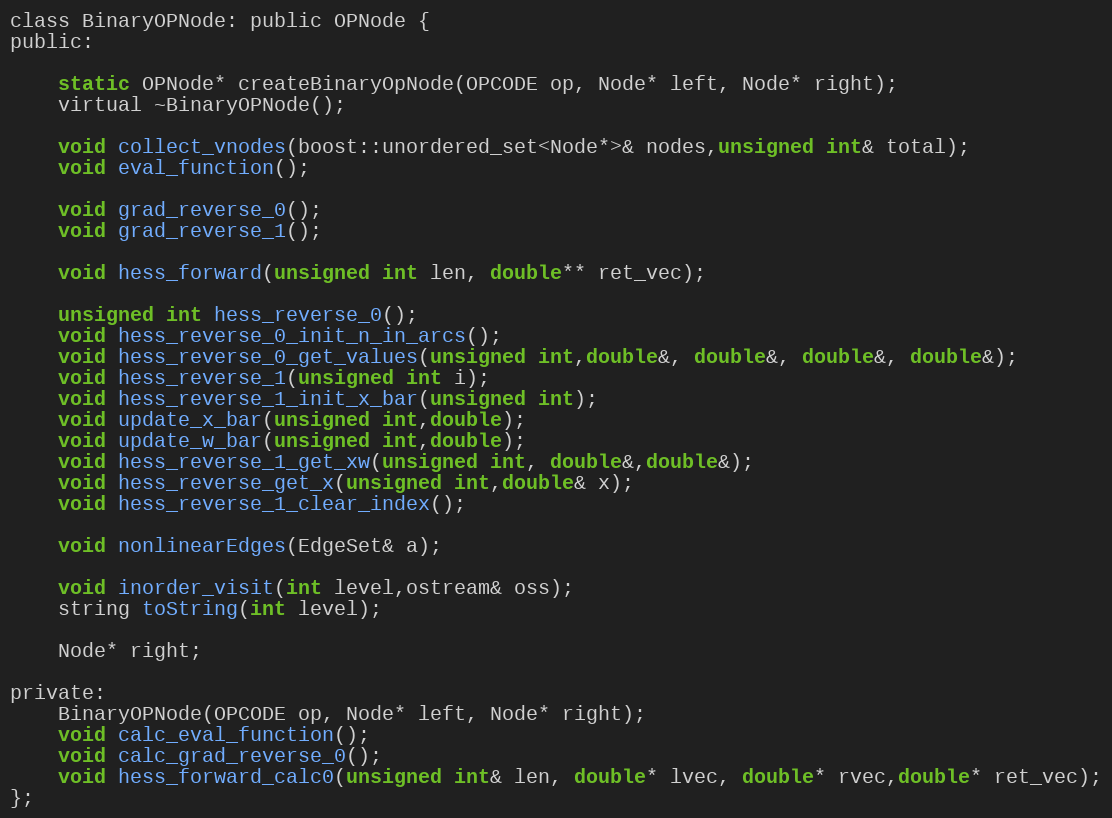
Language: C
class BinaryOPNode: public OPNode {
public:

	static OPNode* createBinaryOpNode(OPCODE op, Node* left, Node* right);
	virtual ~BinaryOPNode();

	void collect_vnodes(boost::unordered_set<Node*>& nodes,unsigned int& total);
	void eval_function();

	void grad_reverse_0();
	void grad_reverse_1();

	void hess_forward(unsigned int len, double** ret_vec);

	unsigned int hess_reverse_0();
	void hess_reverse_0_init_n_in_arcs();
	void hess_reverse_0_get_values(unsigned int,double&, double&, double&, double&);
	void hess_reverse_1(unsigned int i);
	void hess_reverse_1_init_x_bar(unsigned int);
	void update_x_bar(unsigned int,double);
	void update_w_bar(unsigned int,double);
	void hess_reverse_1_get_xw(unsigned int, double&,double&);
	void hess_reverse_get_x(unsigned int,double& x);
	void hess_reverse_1_clear_index();

	void nonlinearEdges(EdgeSet& a);

	void inorder_visit(int level,ostream& oss);
	string toString(int level);

	Node* right;

private:
	BinaryOPNode(OPCODE op, Node* left, Node* right);
	void calc_eval_function();
	void calc_grad_reverse_0();
	void hess_forward_calc0(unsigned int& len, double* lvec, double* rvec,double* ret_vec);
};